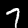
Label: 7